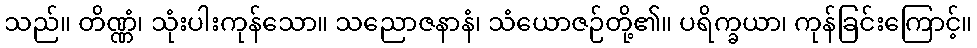
သည်။ တိဏ္ဏံ၊ သုံးပါးကုန်သော။ သညောဇနာနံ၊ သံယောဇဉ်တို့၏။ ပရိက္ခယာ၊ ကုန်ခြင်းကြောင့်။